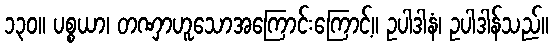
၁၃၀။ ပစ္စယာ၊ တဏှာဟူသောအကြောင်းကြောင့်။ ဥပါဒါနံ၊ ဥပါဒါန်သည်။